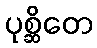
ပုစ္ဆိတေ